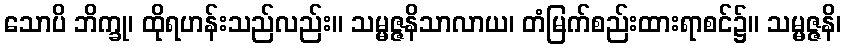
သောပိ ဘိက္ခု၊ ထိုရဟန်းသည်လည်း။ သမ္မဇ္ဇနိသာလာယ၊ တံမြက်စည်းထားရာစင်၌။ သမ္မဇ္ဇနိ၊